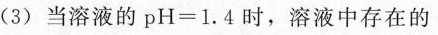
(3)当溶液的pH=1.4时，溶液中存在的